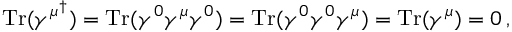
\mathrm { T r } ( \gamma ^ { \mu ^ { \dagger } } ) = \mathrm { T r } ( \gamma ^ { 0 } \gamma ^ { \mu } \gamma ^ { 0 } ) = \mathrm { T r } ( \gamma ^ { 0 } \gamma ^ { 0 } \gamma ^ { \mu } ) = \mathrm { T r } ( \gamma ^ { \mu } ) = 0 \, ,